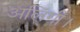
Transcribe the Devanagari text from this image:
अलिंगी।